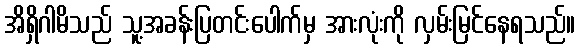
အိရှိဂါမိသည် သူ့အခန်းပြတင်းပေါက်မှ အားလုံးကို လှမ်းမြင်နေရသည်။